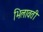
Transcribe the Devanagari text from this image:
भिलावती